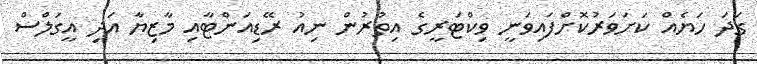
ގަދަ ހަޔެއް ކަށަވަރުކޮށްފައިވަނީ ވިކްޓަރީގެ އިތުރުން ނިއު ރޭޑިއަންޓާއި މާޒިޔާ އަދި އީގަލްސް